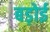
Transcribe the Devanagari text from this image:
बड़ोई